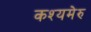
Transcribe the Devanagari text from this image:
कश्यमेरु